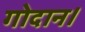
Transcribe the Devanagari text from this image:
गोदान।